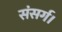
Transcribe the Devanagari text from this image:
संसर्ग।